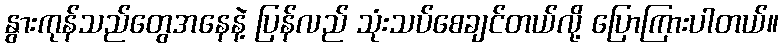
နွားကုန်သည်တွေအနေနဲ့ ပြန်လည် သုံးသပ်စေချင်တယ်လို့ ပြောကြားပါတယ်။